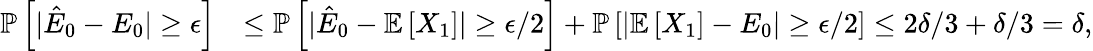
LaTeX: \begin{array}{rl}{\mathbb{P}\left[|\hat{E}_{0}-E_{0}|\ge\epsilon\right]}&{\le\mathbb{P}\left[|\hat{E}_{0}-\mathbb{E}\left[X_{1}\right]|\ge\epsilon/2\right]+\mathbb{P}\left[|\mathbb{E}\left[X_{1}\right]-E_{0}|\ge\epsilon/2\right]\le 2\delta/3+\delta/3=\delta,}\end{array}